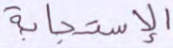
الاستجابة